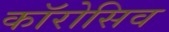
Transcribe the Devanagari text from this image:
कॉरोसिव